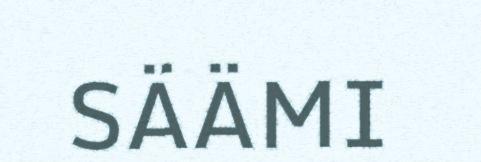
SÄÄMI